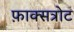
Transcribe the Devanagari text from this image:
फ़ाक्सत्रोट